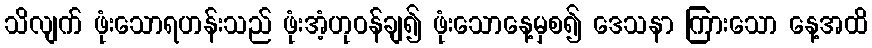
သိလျက် ဖုံးသောရဟန်းသည် ဖုံးအံ့ဟုဝန်ချ၍ ဖုံးသောနေ့မှစ၍ ဒေသနာ ကြားသော နေ့အထိ